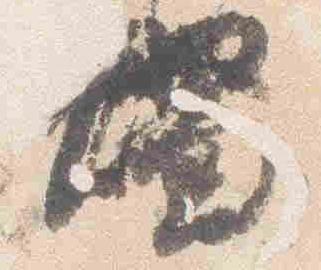
燭